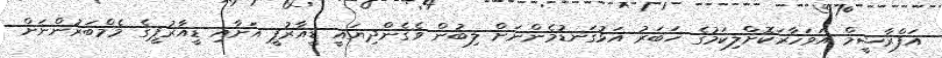
އަފްރާޝީމް އަވަހާރަކޮށްލިކަމުގެ ޚަބަރު އަޅުގަނޑުމެންނަށް ލިބުން ވެގެންދިޔައީ ޑީއާރުޕީ އަށާއި ޑީއާރުޕީގެ މެމްބަރުންނަށް